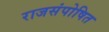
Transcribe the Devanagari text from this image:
राजसंपोषित